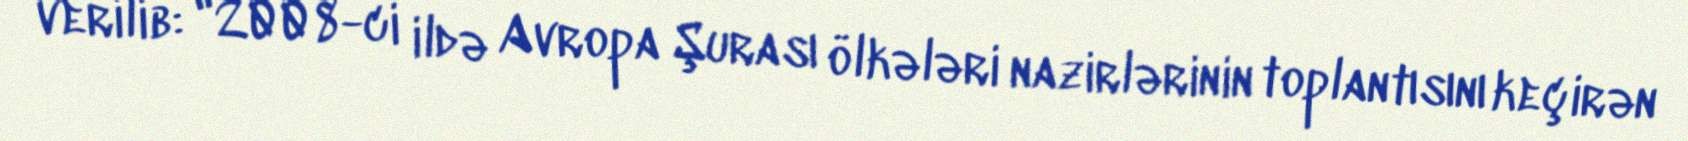
verilib: "2008-ci ildə Avropa Şurası ölkələri nazirlərinin toplantısını keçirən